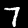
Label: 7